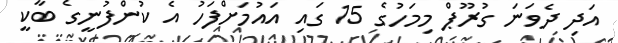
އަދި ދެވަނަ ގުރޫޕް މިމަހުގެ 15 ގައި އައުމަށްފަހު އެ ކުންފުނީގެ ބާކީ